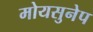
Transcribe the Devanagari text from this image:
मोयसुनेप